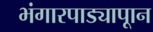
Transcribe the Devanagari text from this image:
भंगारपाड्यापाून